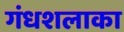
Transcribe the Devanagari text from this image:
गंधशलाका